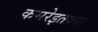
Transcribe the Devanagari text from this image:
कमरेइतक्या